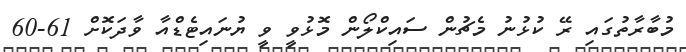
މުބާރާތުގައި ރޭ ކުޅުނު މެޗުން ސައިކްލޯން މޮޅުވީ ވީ ޔުނައިޓެޑްއާ ވާދަކޮށް 61-60